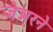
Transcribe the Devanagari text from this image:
जेन्नरने